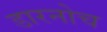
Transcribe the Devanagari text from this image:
डारनोच